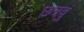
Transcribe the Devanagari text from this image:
छत्रवुं